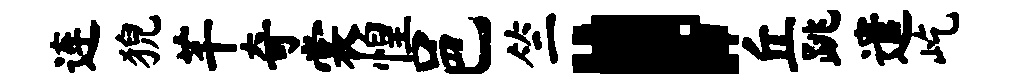
连猊芊奇裳惶邑竺，丘跳遣屹